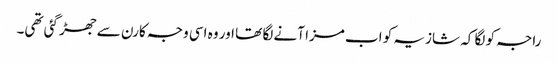
راجہ کو لگا کہ شازیہ کو اب مزا آنے لگا تھا اور وہ اسی وجہ کارن سے جھڑ گئی تھی۔